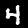
Digit: 4